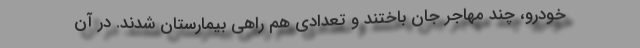
خودرو، چند مهاجر جان باختند و تعدادی هم راهی بیمارستان شدند. در آن